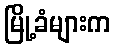
မြို့ခံများက